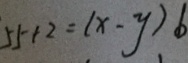
5 5 + 2 = ( x - y ) b